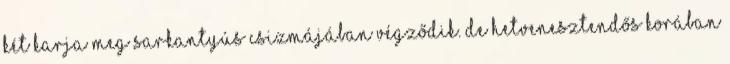
két karja meg sarkantyús csizmájában végződik. De hetvenesztendős korában